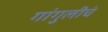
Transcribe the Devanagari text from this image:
गांगुलीचं